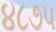
૪૮૭૫